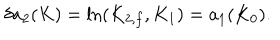
\delta a _ { 2 } ( K ) = \mathrm { l n } ( K _ { 2 , f } , K _ { 1 } ) = a _ { 1 } ( K _ { 0 } ) .